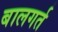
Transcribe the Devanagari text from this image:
बालगर्त